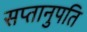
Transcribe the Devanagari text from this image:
सप्तानुपति